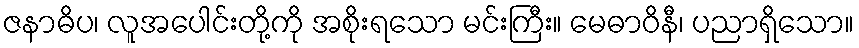
ဇနာဓိပ၊ လူအပေါင်းတို့ကို အစိုးရသော မင်းကြီး။ မေဓာဝိနီ၊ ပညာရှိသော။